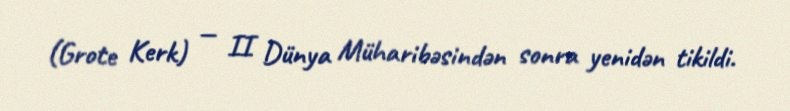
(Grote Kerk) — II Dünya Müharibəsindən sonra yenidən tikildi.